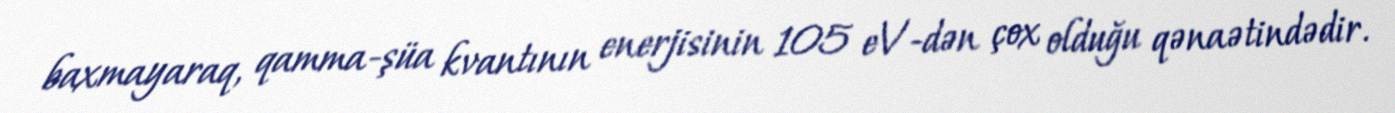
baxmayaraq, qamma-şüa kvantının enerjisinin 105 eV-dən çox olduğu qənaətindədir.